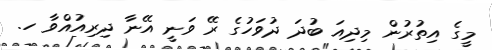
މީގެ އިތުރުން މިދިއަ ބުދަ ދުވަހުގެ ރޭ ވަނީ އޭނާ ދިރިއުއްވާ ހ.